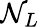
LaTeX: \mathcal{N}_{L}